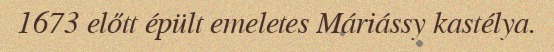
1673 előtt épült emeletes Máriássy kastélya.